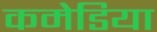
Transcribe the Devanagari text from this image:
कमेडिया